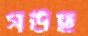
গউছ